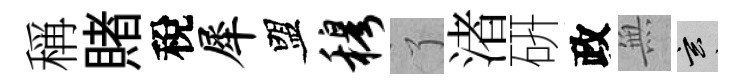
稱賭稅犀盟穆了渚硏政𭴾玄